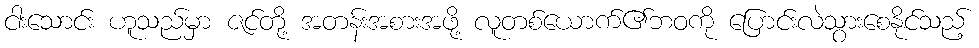
ငါးသောင်း ဟူသည်မှာ ဇင်တို့ အတန်းအစားအဖို့ လူတစ်ယောက်၏ဘဝကို ပြောင်းလဲသွားစေနိုင်သည့်